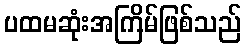
ပထမဆုံးအကြိမ်ဖြစ်သည်